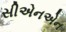
સીએનએન